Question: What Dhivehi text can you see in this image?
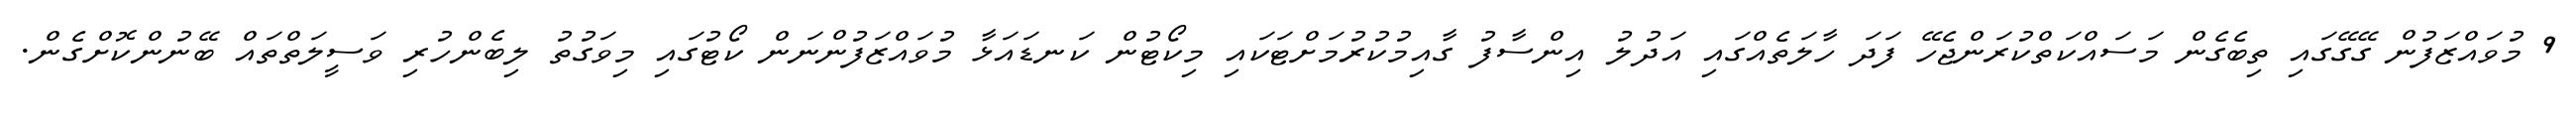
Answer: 9 މުވައްޒަފުން ގޭގޭގައި ތިބެގެން މަސައްކަތްކުރަންޖެހޭ ފަދަ ހާލަތެއްގައި އަދުލު އިންސާފު ގާއިމުކުރުމަށްޓަކައި މިކޯޓުން ކަނޑައަޅާ މުވައްޒަފުންނަން ކޯޓުގައި މިވަގުތު ލިބެންހުރި ވަސީލަތްތައް ބޭނުންކޮށްގެން.